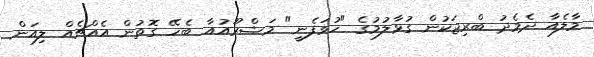
މާލެއާ ދެމެދު ބްރިޖަކުން ގުޅާލުމުގެ "ހުވަފެނީ" މަޝްރޫއުއާ ބެހޭ ގޮތުން އެއްޗެއް ލިއަން